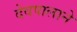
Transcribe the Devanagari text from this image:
देवपालाने